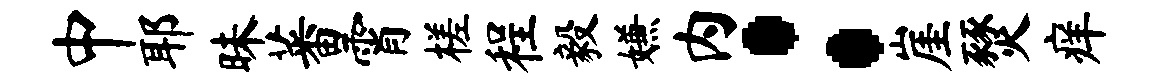
中耶昧蕃霄槎程毅嫌内：崖燹痒